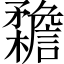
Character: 𣠳